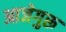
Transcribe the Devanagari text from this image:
आजेगुरू